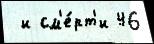
 и см'е́рт'и 46